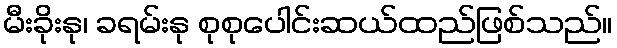
မီးခိုးနု၊ ခရမ်းနု စုစုပေါင်းဆယ်ထည်ဖြစ်သည်။